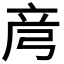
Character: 𫸲